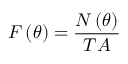
F \left( \theta \right) = \frac { N \left( \theta \right) } { T A }